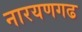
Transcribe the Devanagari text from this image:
नारयणगढ